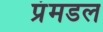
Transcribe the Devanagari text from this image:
प्रंमडल